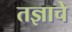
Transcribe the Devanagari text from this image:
तज्ञाचे